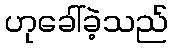
ဟုခေါ်ခဲ့သည်